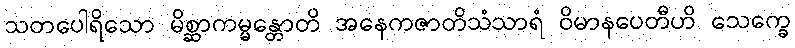
သတပေါရိသော မိစ္ဆာကမ္မန္တောတိ အနေကဇာတိသံသာရံ ဝိမာနပေတီဟိ သေက္ခေ